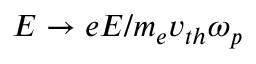
{ E } \rightarrow e E / m _ { e } v _ { t h } \omega _ { p }